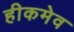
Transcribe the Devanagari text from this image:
हीकमेव